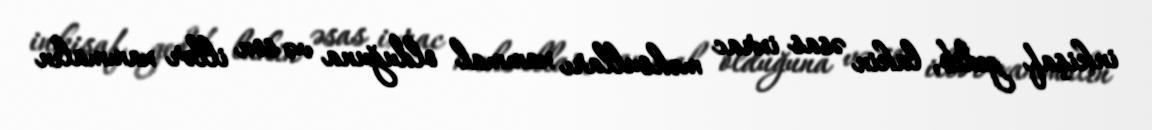
inkişaf gedib, lakin əsas ixrac məhsulları xammal olduğuna və son illər xammalın